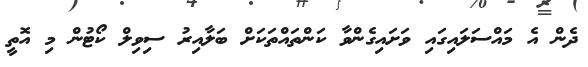
ދެން އެ މައްސަލައިގައި ވަށައިގެންވާ ކަންތައްތަކަށް ބަލާއިރު ސިވިލް ކޯޓުން މި އޮތީ